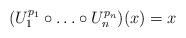
LaTeX: \begin{align*}(U_1^{p_1}\circ\ldots\circ U_n^{p_n})(x)=x\end{align*}